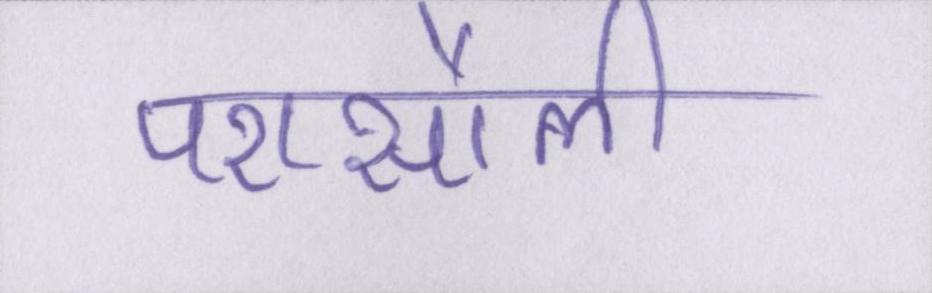
परासौली